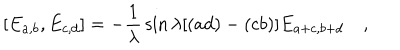
[ E _ { a , b } , E _ { c , d } ] = - { \frac { 1 } { \lambda } } \sin { \lambda [ ( a d ) - ( c b ) ] } E _ { a + c , b + d } \quad ,